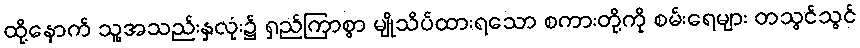
ထို့နောက် သူ့အသည်းနှလုံး၌ ရှည်ကြာစွာ မျိုသိပ်ထားရသော စကားတို့ကို စမ်းရေများ တသွင်သွင်